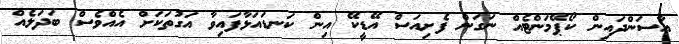
އާސަންދައިން ކޯޕޭމަންޓެއް ނަގަން ފެށިއަސް އޭޑީކޭ އިން ކަނޑައަޅާފައިވާ އަގުތަކަށް އެއްވެސް ބަދަލެއް